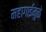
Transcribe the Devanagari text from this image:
महागाईमुळे